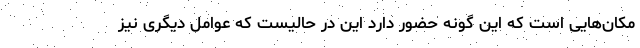
مکان‌هایی است که این گونه حضور دارد این در حالیست که عوامل دیگری نیز